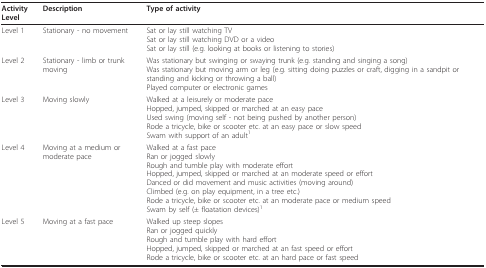
| Activity Level | Description | Type of activity |
 | --- | --- | --- |
 | Level 1 | Stationary - no movement | Sat or lay still watching TVSat or lay still watching DVD or a videoSat or lay still (e.g. looking at books or listening to stories) |
 | Level 2 | Stationary - limb or trunk moving | Was stationary but swinging or swaying trunk (e.g. standing and singing a song)Was stationary but moving arm or leg (e.g. sitting doing puzzles or craft, digging in a sandpit or standing and kicking or throwing a ball)Played computer or electronic games |
 | Level 3 | Moving slowly | Walked at a leisurely or moderate paceHopped, jumped, skipped or marched at an easy paceUsed swing (moving self - not being pushed by another person)Rode a tricycle, bike or scooter etc. at an easy pace or slow speedSwam with support of an adult1 |
 | Level 4 | Moving at a medium or moderate pace | Walked at a fast paceRan or jogged slowlyRough and tumble play with moderate effortHopped, jumped, skipped or marched at an moderate speed or effortDanced or did movement and music activities (moving around)Climbed (e.g. on play equipment, in a tree etc.)Rode a tricycle, bike or scooter etc. at an moderate pace or medium speedSwam by self (± floatation devices)1 |
 | Level 5 | Moving at a fast pace | Walked up steep slopesRan or jogged quicklyRough and tumble play with hard effortHopped, jumped, skipped or marched at an fast speed or effortRode a tricycle, bike or scooter etc. at an hard pace or fast speed |